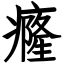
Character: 癃